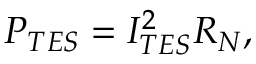
P _ { T E S } = I _ { T E S } ^ { 2 } R _ { N } ,